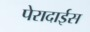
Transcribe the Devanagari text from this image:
पेरादाईस